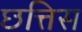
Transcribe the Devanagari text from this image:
छत्तिस